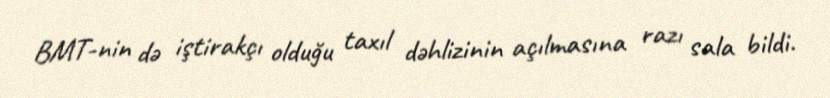
BMT-nin də iştirakçı olduğu taxıl dəhlizinin açılmasına razı sala bildi.